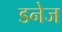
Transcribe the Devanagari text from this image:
डनेज